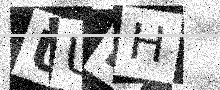
Text: UUBH